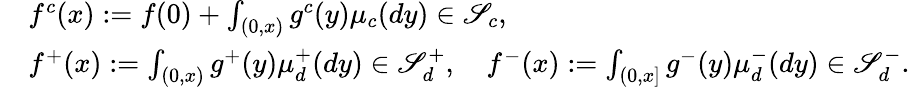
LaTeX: \begin{array}{rl}&{f^{c}(x):=f(0)+\int_{(0,x)}g^{c}(y)\mu_{c}(dy)\in\mathscr{S}_{c},}\\ &{f^{+}(x):=\int_{(0,x)}g^{+}(y)\mu_{d}^{+}(dy)\in\mathscr{S}_{d}^{+},\quad f^{-}(x):=\int_{(0,x]}g^{-}(y)\mu_{d}^{-}(dy)\in\mathscr{S}_{d}^{-}.}\end{array}